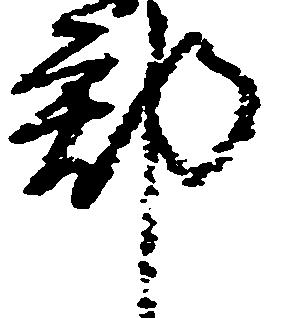
郡